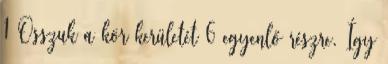
1 Osszuk a kör kerületét 6 egyenlő részre. Így